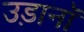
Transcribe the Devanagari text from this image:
उड़ानॉ